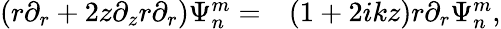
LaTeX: \begin{array}{rl}{\left(r\partial_{r}+2z\partial_{z}r\partial_{r}\right)\Psi_{n}^{m}=}&{{}(1+2ikz)r\partial_{r}\Psi_{n}^{m},}\end{array}